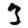
Digit: 3